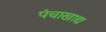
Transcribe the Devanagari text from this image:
पंचाखाद्य